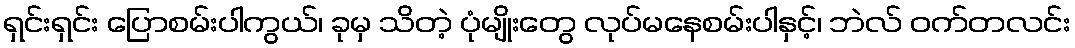
ရှင်းရှင်း ပြောစမ်းပါကွယ်၊ ခုမှ သိတဲ့ ပုံမျိုးတွေ လုပ်မနေစမ်းပါနှင့်၊ ဘဲလ် ဝက်တလင်း